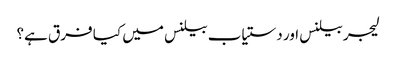
لیجر بیلنس اور دستیاب بیلنس میں کیا فرق ہے؟